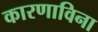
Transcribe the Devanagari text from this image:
कारणाविना